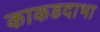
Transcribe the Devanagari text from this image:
काकडदाभा